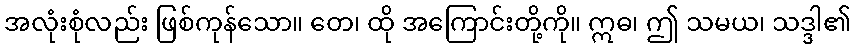
အလုံးစုံလည်း ဖြစ်ကုန်သော။ တေ၊ ထို အကြောင်းတို့ကို။ ဣဓ၊ ဤ သမယ၊ သဒ္ဒါ၏